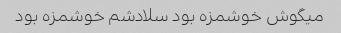
میگوش خوشمزه بود سلادشم خوشمزه بود